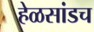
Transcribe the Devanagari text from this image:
हेळसांडच